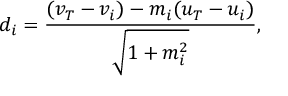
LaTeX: d _ { i } = { \frac { ( v _ { T } - v _ { i } ) - m _ { i } ( u _ { T } - u _ { i } ) } { \sqrt { 1 + m _ { i } ^ { 2 } } } } ,